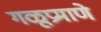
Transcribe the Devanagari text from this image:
गळूप्रमाणे